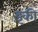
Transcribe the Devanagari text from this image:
इंकी